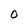
Character: O